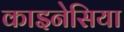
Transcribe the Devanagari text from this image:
काइनेसिया